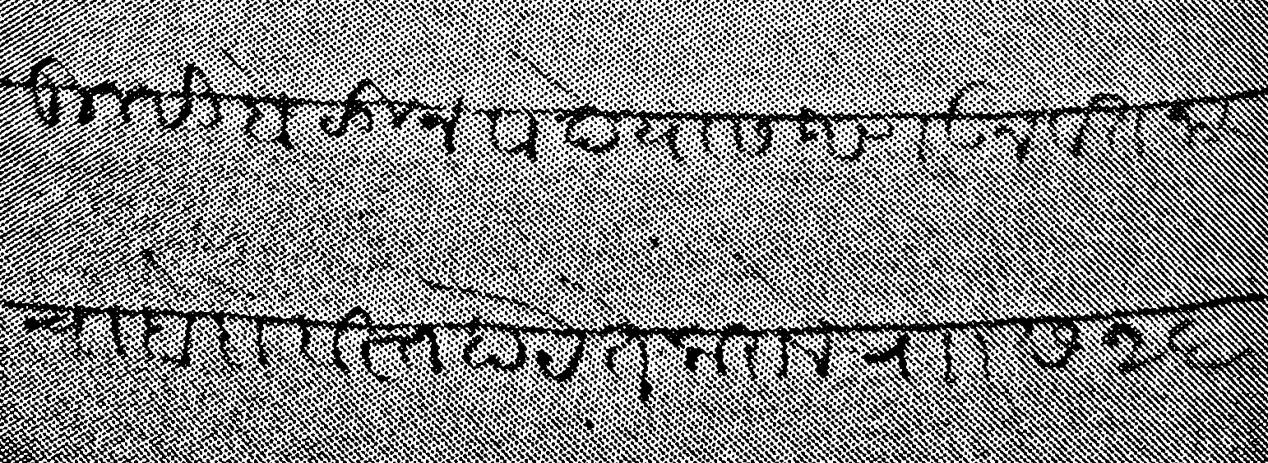
Transliteration (Devanagari): तुम्ही बोळुन वादे यास आणउन वतनाचा बंदोबस्त होये ते करावे र छ २६